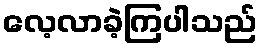
လေ့လာခဲ့ကြပါသည်